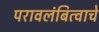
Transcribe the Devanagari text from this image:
परावलंबित्वाचे